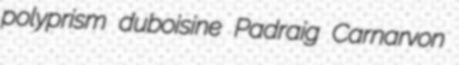
polyprism duboisine Padraig Carnarvon